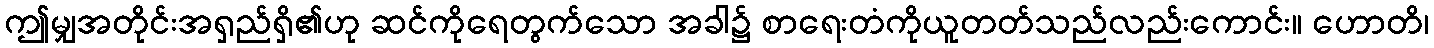
ဤမျှအတိုင်းအရှည်ရှိ၏ဟု ဆင်ကိုရေတွက်သော အခါ၌ စာရေးတံကိုယူတတ်သည်လည်းကောင်း။ ဟောတိ၊